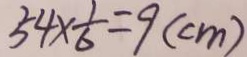
5 4 \times \frac { 1 } { 6 } = 9 ( c m )